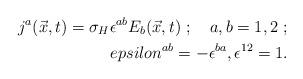
LaTeX: \begin{align*}j^a(\vec x,t)=\sigma _H\epsilon ^{ab}E_b(\vec x,t)\ ;\quad a,b=1,2\ ;\\epsilon ^{ab}=-\epsilon ^{ba},\epsilon ^{12}=1.\end{align*}